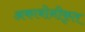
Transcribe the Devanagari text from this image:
अकाबोनीकृत